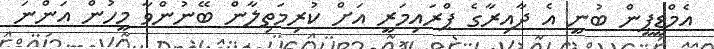
އެމްޑީޕީން ބުނީ އެ ދާއިރާގެ ޕްރައިމަރީ އަށް ކުރިމަތިލާން ބޭނުންވާ މީހުން އަންނަ